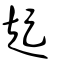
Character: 趗